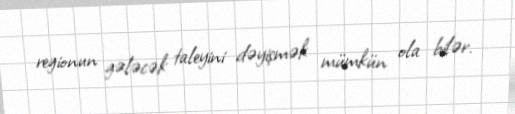
regionun gələcək taleyini dəyişmək mümkün ola bilər.